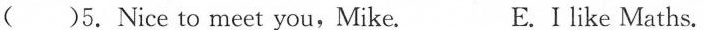
( )5.Nice to meet you,Mike. E.I like Maths.